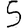
Digit: 5